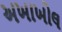
અખાખોલ